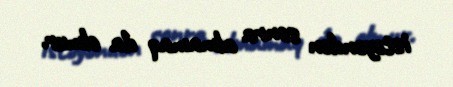
istəyəndən sonra almamaq da olmur.